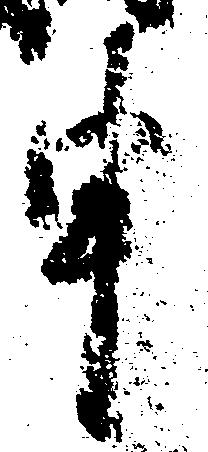
申